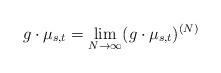
LaTeX: \begin{align*}g\cdot\mu_{s,t} = \lim_{N \to \infty} (g\cdot\mu_{s,t})^{(N)}\end{align*}